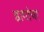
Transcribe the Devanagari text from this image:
डागांचा